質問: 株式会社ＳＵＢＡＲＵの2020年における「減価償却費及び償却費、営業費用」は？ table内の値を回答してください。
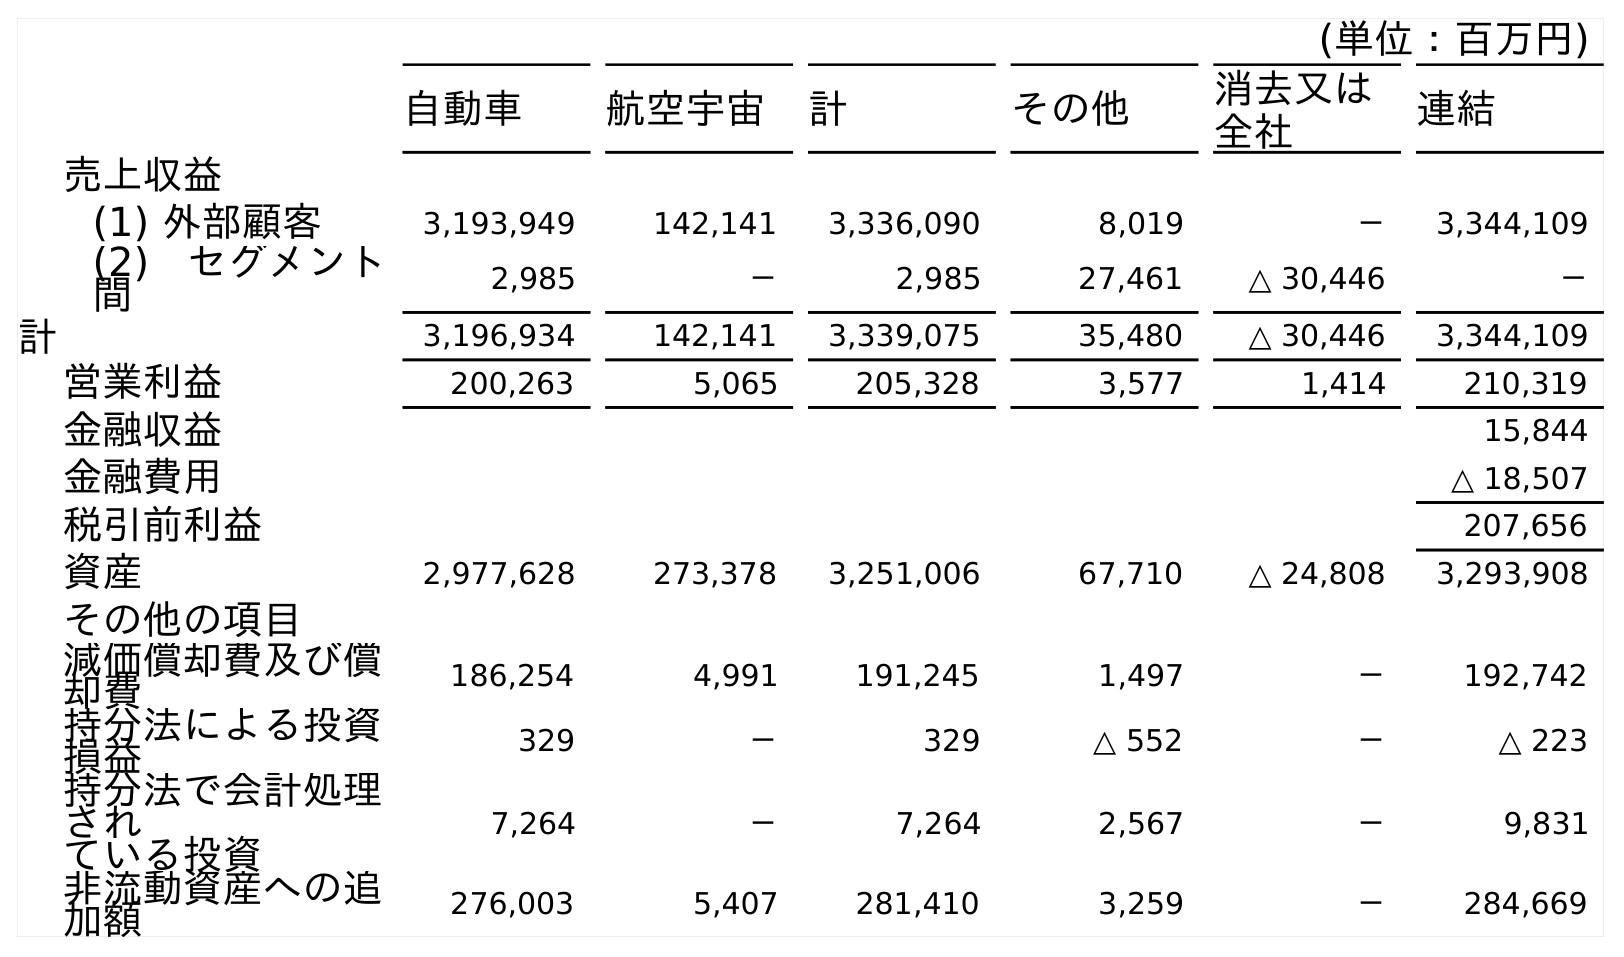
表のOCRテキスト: (単位：百万円) 自動車 航空宇宙 計 その他 消去又は 全社 連結 売上収益 (1) 外部顧客 3,193,949 142,141 3,336,090 8,019 － 3,344,109 (2) セグメント 間 2,985 － 2,985 27,461 △ 30,446 － 計 3,196,934 142,141 3,339,075 35,480 △ 30,446 3,344,109 営業利益 200,263 5,065 205,328 3,577 1,414 210,319 金融収益 15,844 金融費用 △ 18,507 税引前利益 207,656 資産 2,977,628 273,378 3,251,006 67,710 △ 24,808 3,293,908 その他の項目 減価償却費及び償 却費 186,254 4,991 191,245 1,497 － 192,742 持分法による投資 損益 329 － 329 △ 552 － △ 223 持分法で会計処理 され ている投資 7,264 － 7,264 2,567 － 9,831 非流動資産への追 加額 276,003 5,407 281,410 3,259 － 284,669
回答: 192,742